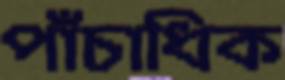
পাঁচাধিক